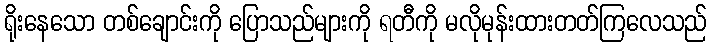
ရိုးနေသော တစ်ချောင်းကို ပြောသည်များကို ရတီကို မလိုမုန်းထားတတ်ကြလေသည်